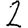
Digit: 2